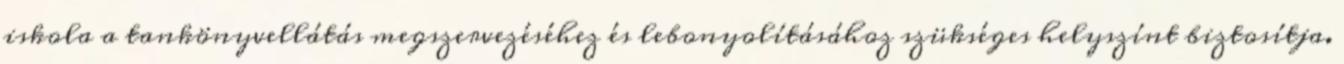
iskola a tankönyvellátás megszervezéséhez és lebonyolításához szükséges helyszínt biztosítja.